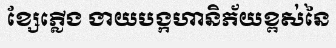
ខ្សែភ្លើង ងាយបង្កហានិភ័យខ្ពស់នៃ